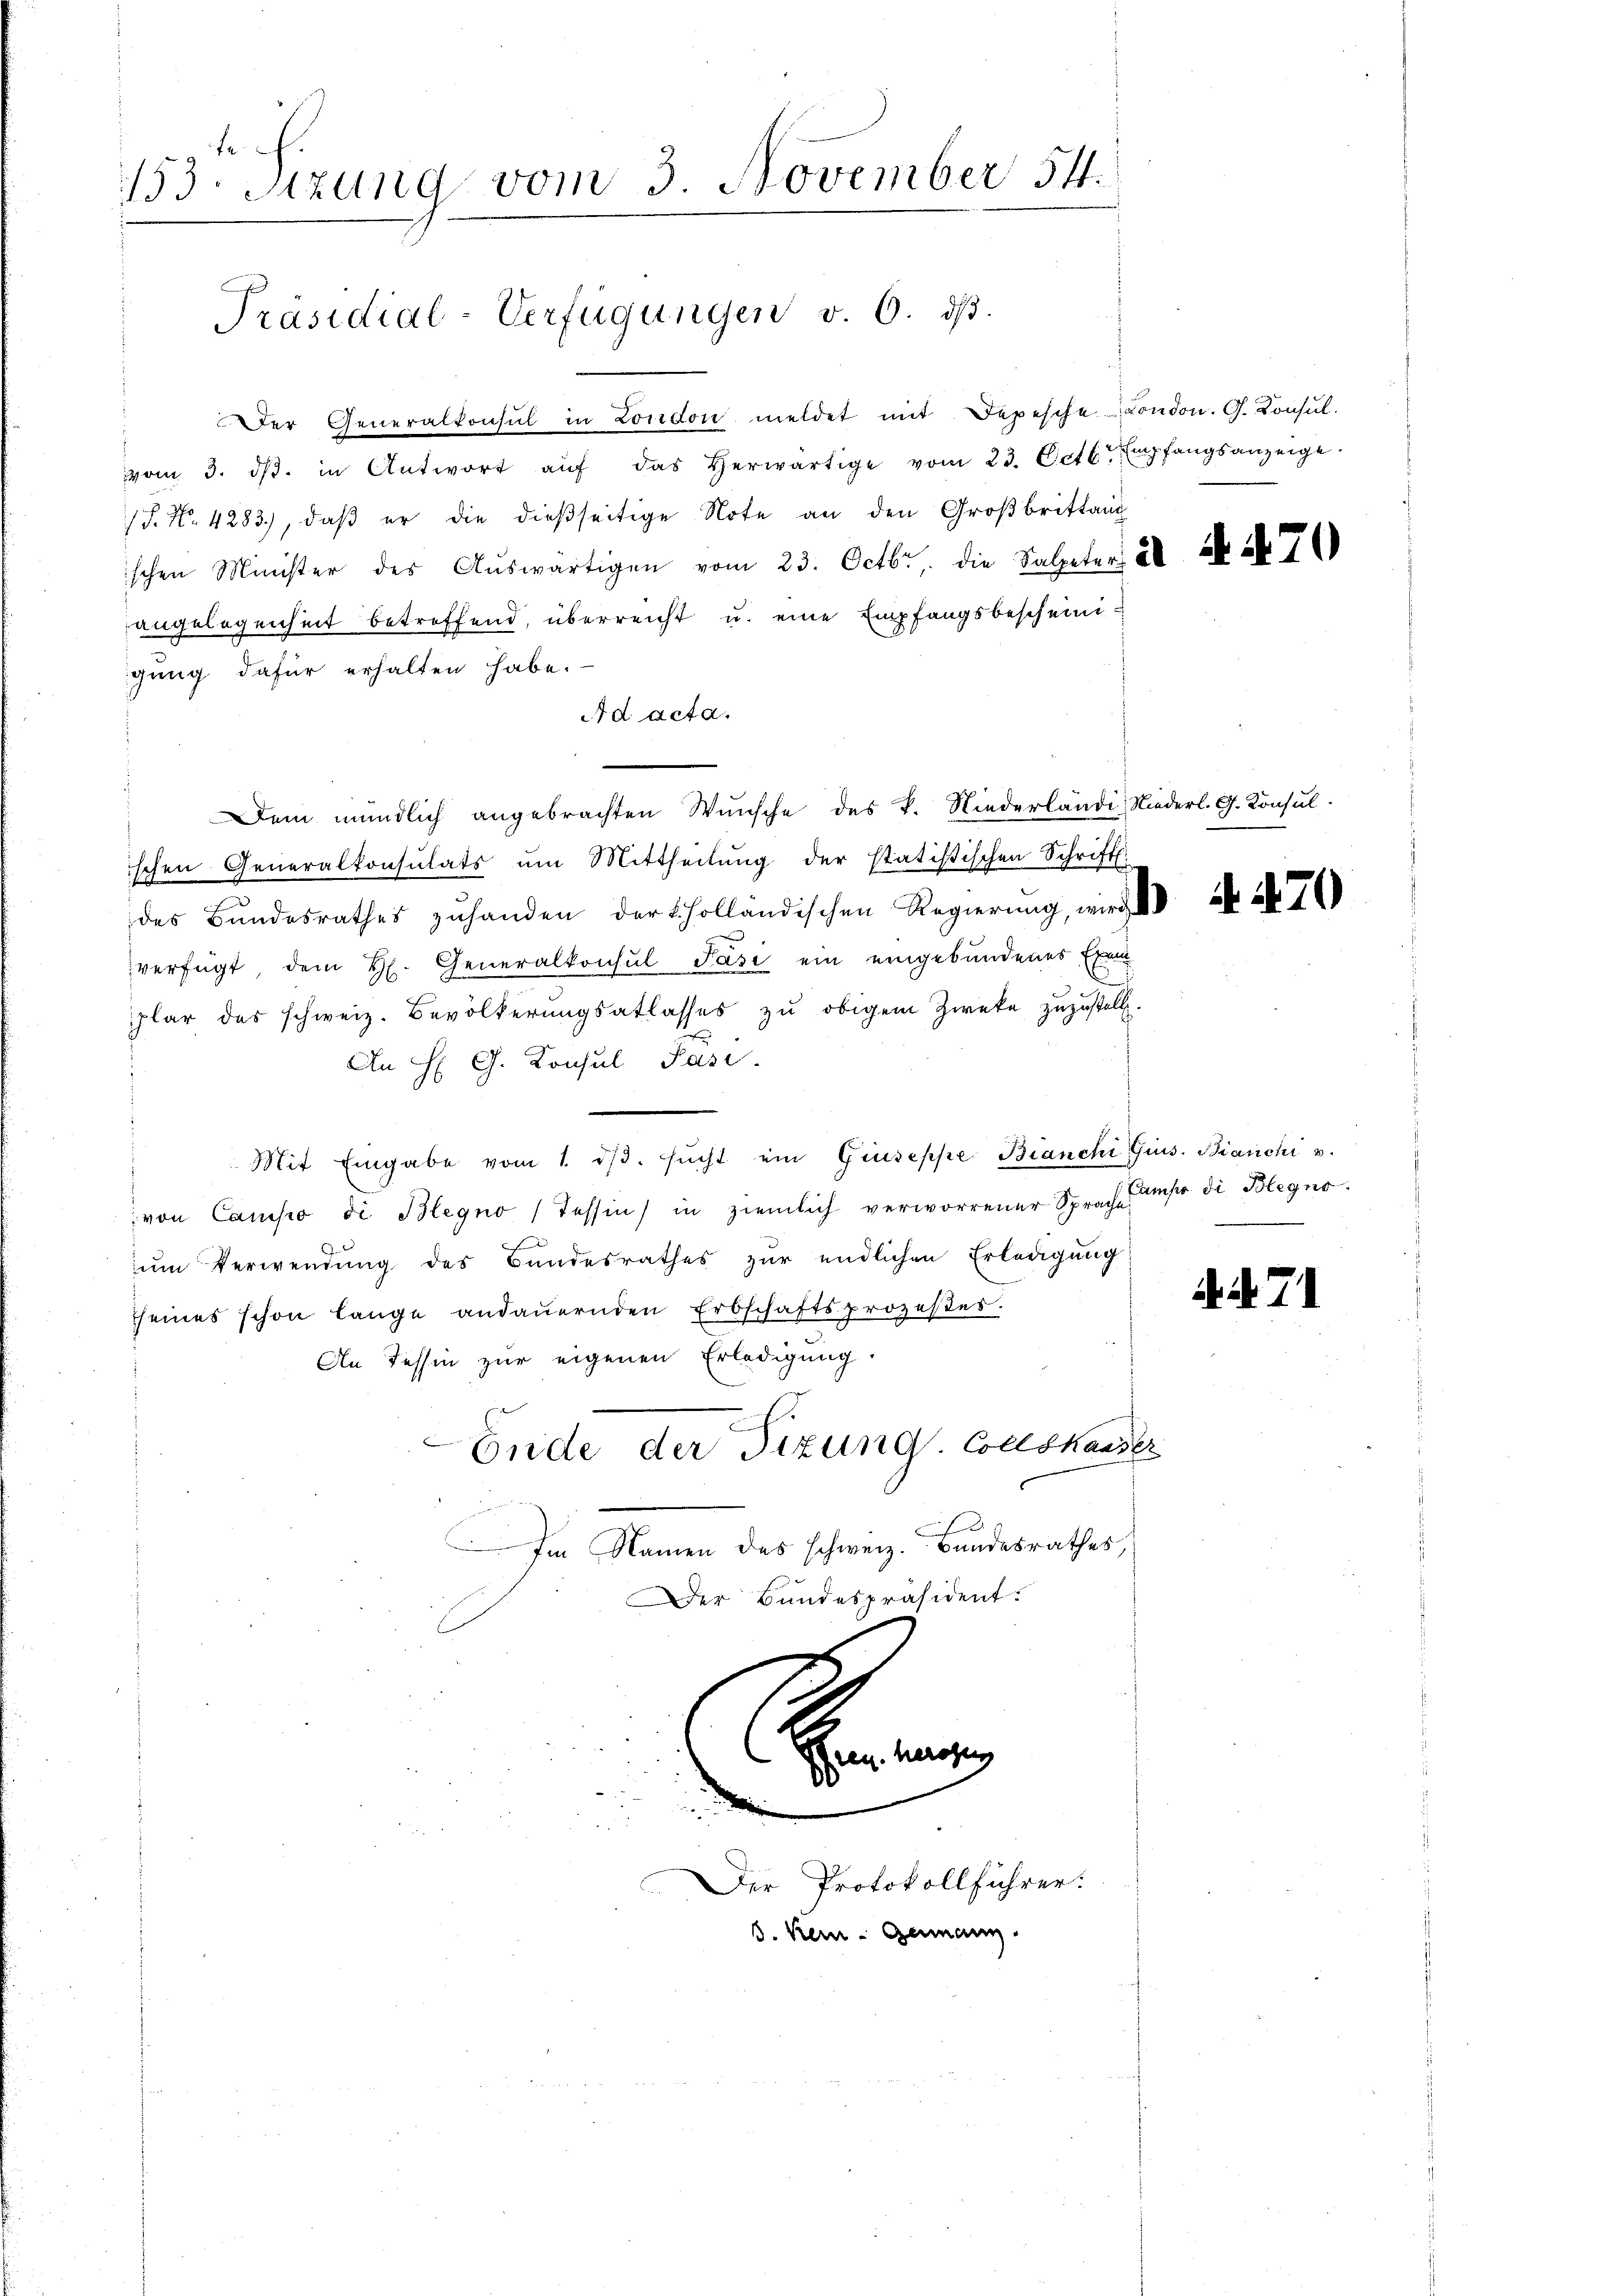
133. Sitzung vom 3. November 54.
Präsidial-Verfügungen v. 6. dβ.

Der Generalkonsul in London meldet mit Depesche Condon. G. Consul
vom 3. ds. in Antwort aŭf das herwärtige vom 23. Octb. Empfangsanzeige.
S. Nr. 4283), daß er die dießseitige Note an den Großbrittang
ischen Minister des Aŭswärtigen vom 23. Octbr. die Salpeters als i
angelegenheit betreffend, überreicht u. eine Empfangsbescheinigung dafür erhalten habe.
Ad acta.
Dem mündlich angebrachten Wunsche des k. Niederlände, Niederl. G. Konsul
ischen Generalkonsulats um Mittheilŭng der statistischen Schrift
des Bŭndesrathes zŭ handen der scholländischen Regierung, wird a. a. 70)
verfügt, dem H. Generalkonsul Pasi ein eingebundenes Exem
plar das schweiz. Bevölkerŭngsatlasses zŭ obigem Zweke zuzustellt.
An H. G. Consul Pasi
Mit Eingabe vom 1. dβ. sŭcht ein Giuseppe Bianchi Guss. Bianchi u.
von Camiso di Blegno (Tessin in ziemlich verworrener Sprach unser die Blegno
zum Verwendung des Bandesrathes zur endlichen Erledigung
seines schon lange andauernden Erbschaftsprozestes.
An Tessin zur eigenen Erledigung.
Ende der Tizung. Collstander
Im Namen des schweiz. Bundesrathes,
Der Bundespräsident.

B

Der Protokollführer:
J. Kein - Gamann

. N. 71